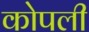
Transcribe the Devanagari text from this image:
कोपली